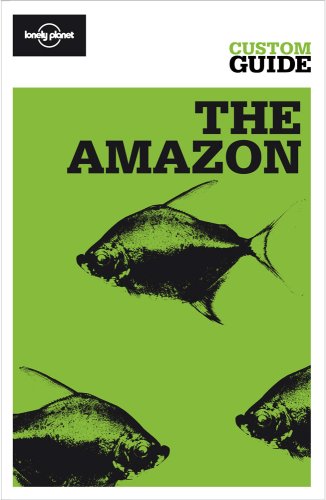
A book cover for The Amazon: Amazonian Brazil, Bolivia, Peru, Ecuador, Colombia, Venezuela and the Guianas (Lonely Planet CUSTOM Guide); Lonely Planet; Travel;